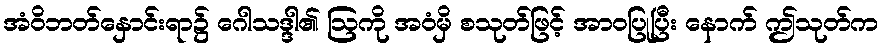
အံဝိဘတ်နှောင်းရာ၌ ဂေါသဒ္ဒါ၏ ဩကို အဝံမှိ စသုတ်ဖြင့် အာဝပြုပြီး နောက် ဤသုတ်က